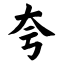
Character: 夸